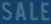
SALE